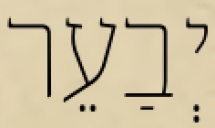
יְבַעֵר